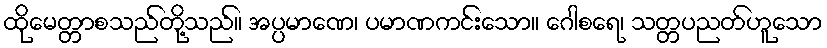
ထိုမေတ္တာစသည်တို့သည်။ အပ္ပမာဏေ၊ ပမာဏကင်းသော။ ဂေါစရေ၊ သတ္တပညတ်ဟူသော